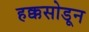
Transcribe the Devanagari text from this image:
हक्कसोडून